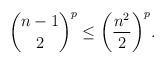
LaTeX: \begin{align*}\binom{n-1}{2}^p \le \bigg(\frac{n^2}{2}\bigg)^p.\end{align*}